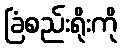
ခြံစည်းရိုးကို